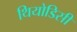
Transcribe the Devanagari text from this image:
थियोडिसी